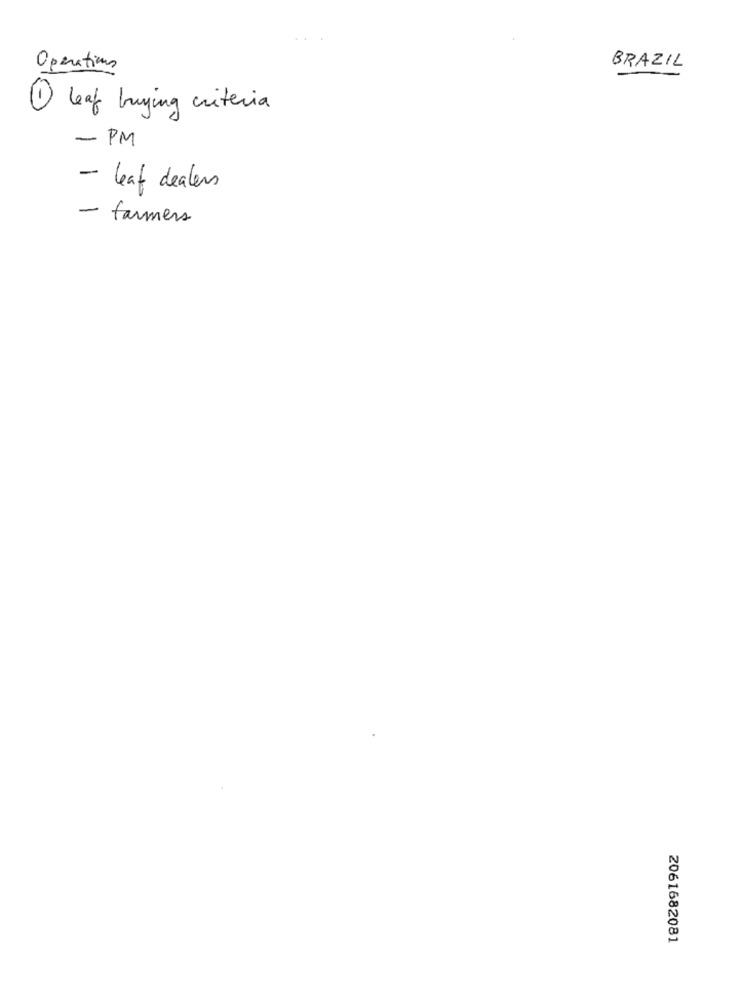
Operations
BRAZIL
1 leaf buying criteria
- PM
- leaf dealers
- farmers
2061682081